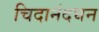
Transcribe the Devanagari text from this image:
चिदानंदघन